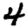
Digit: 4